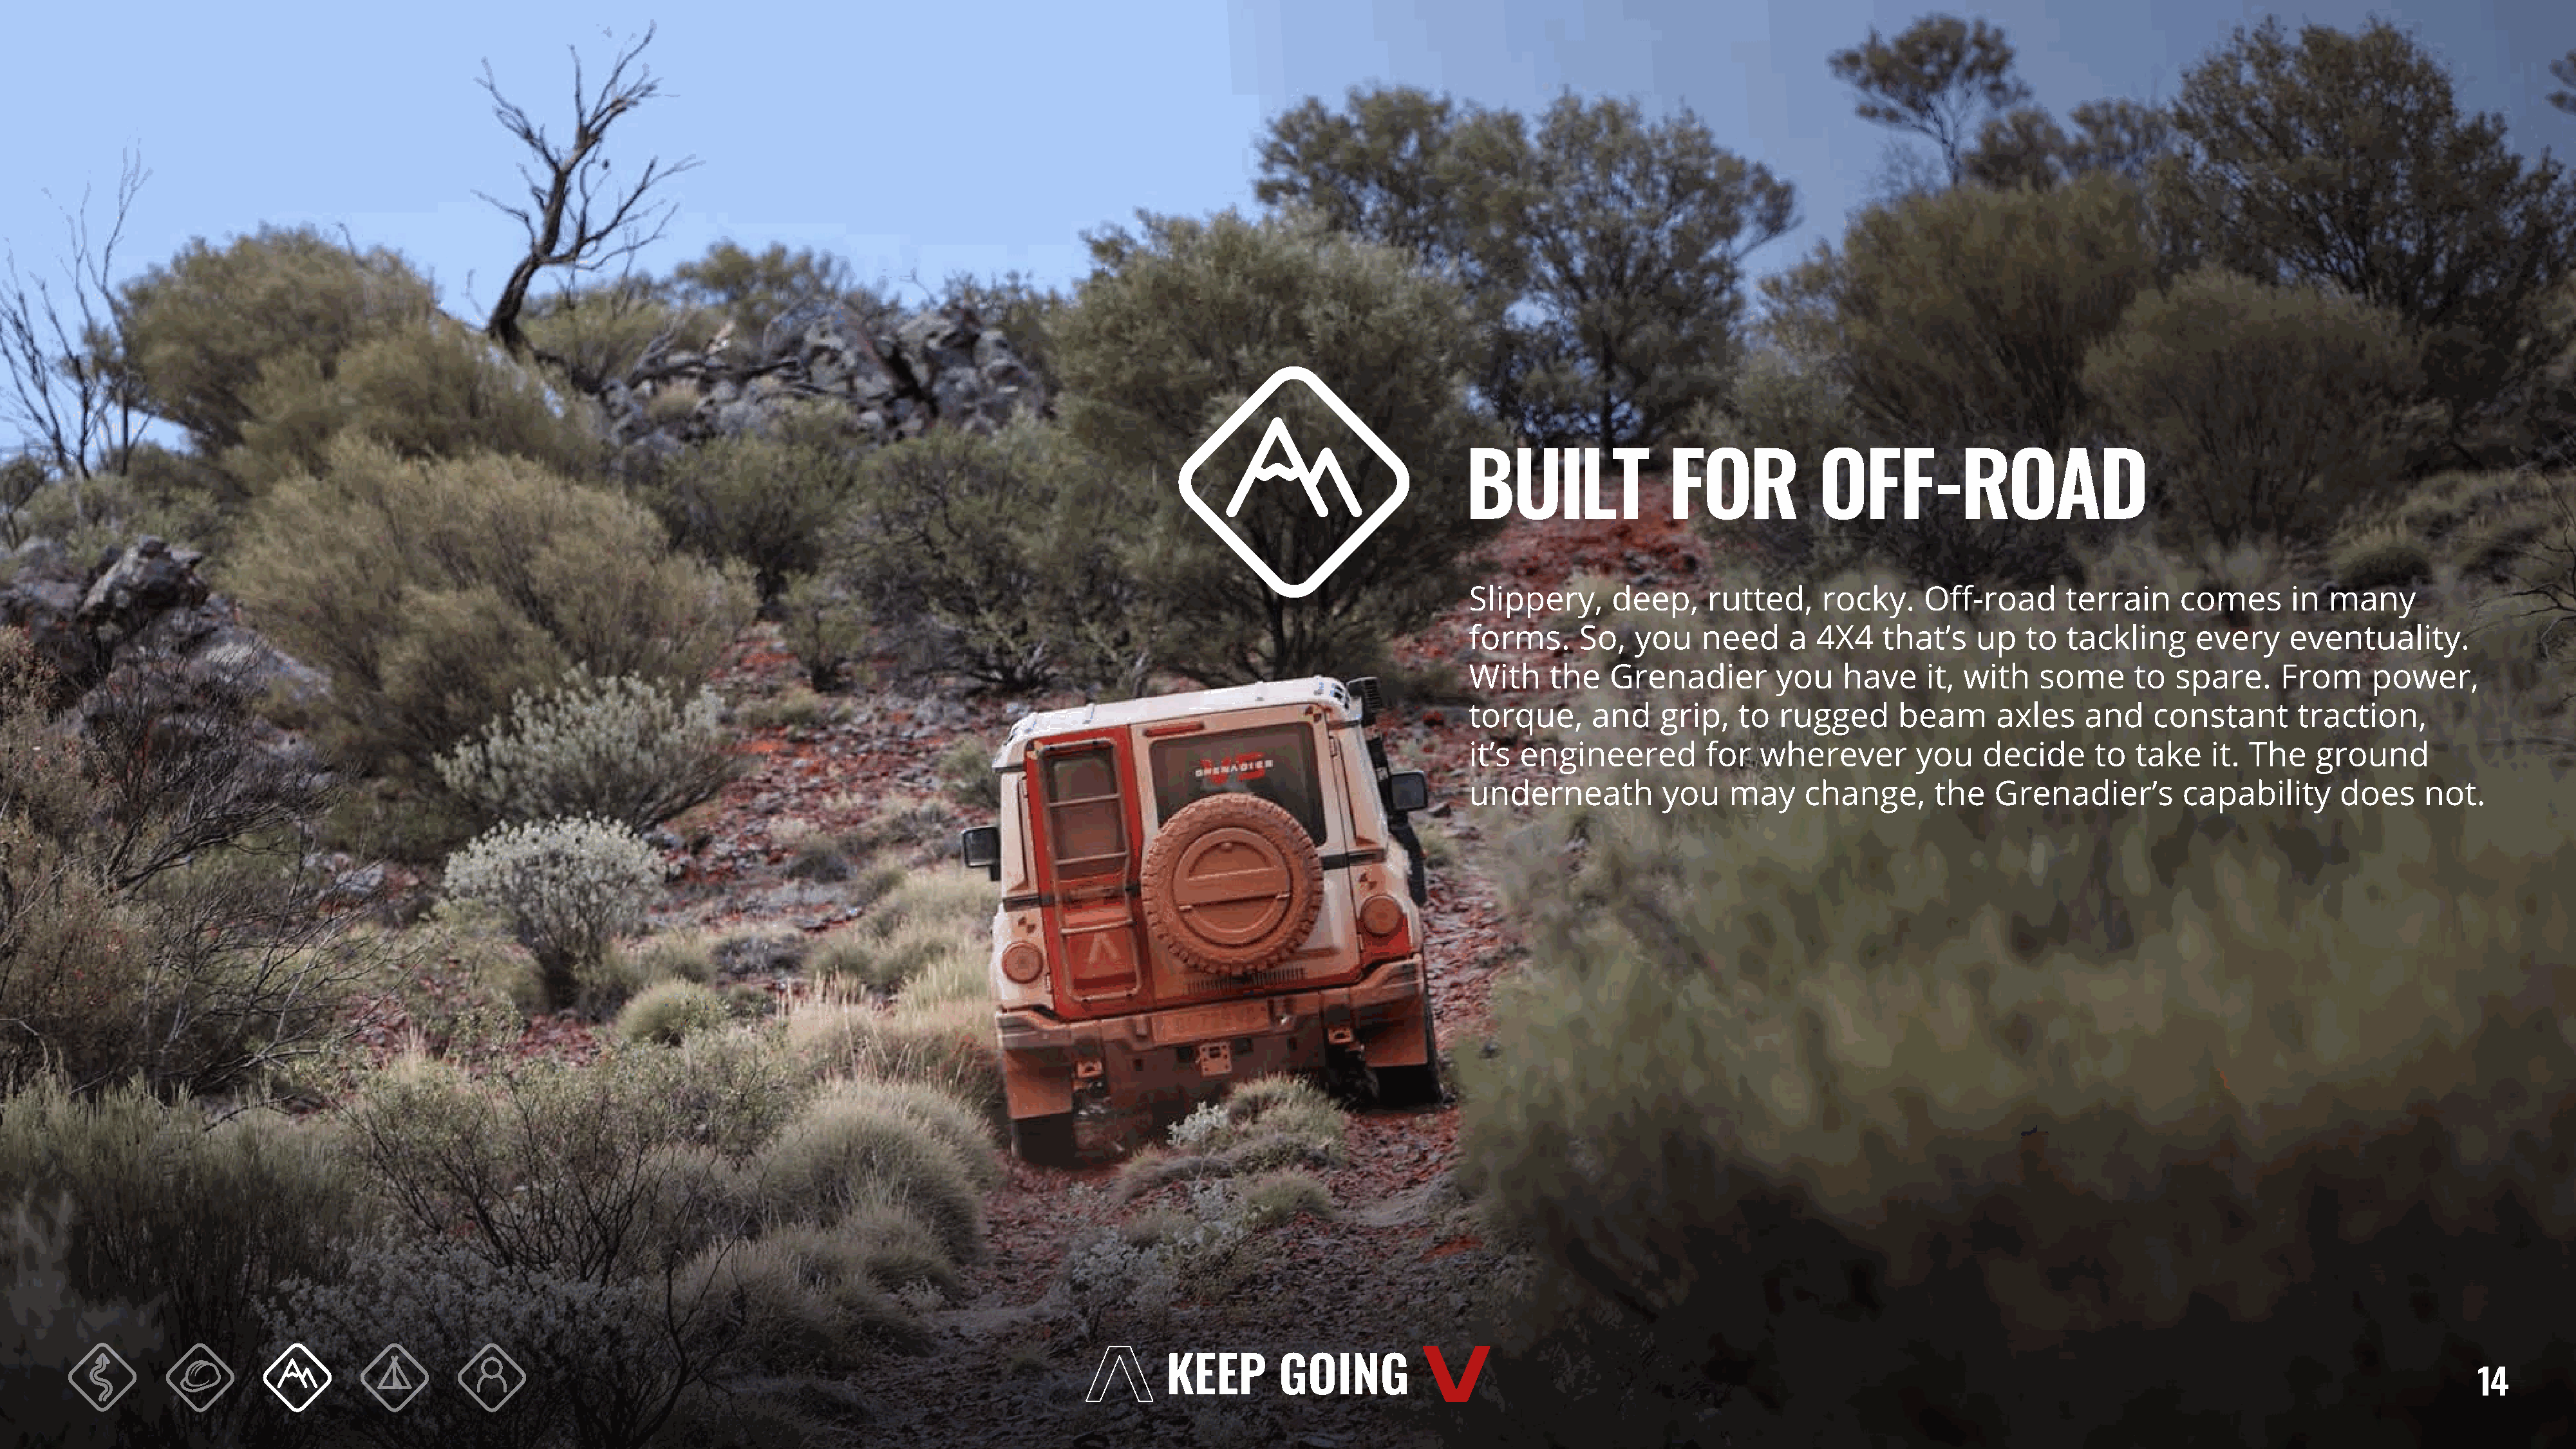
BUILT                FOR            OFF-ROAD
 Slippery,      deep,     rutted,    rocky.     Off-road      terrain     comes      in  many
 forms.     So,   you    need     a  4X4    that’s   up   to  tackling      every    eventuality.
 With    the   Grenadier         you   have     it, with    some     to   spare.    From      power,
 torque,      and    grip,   to  rugged      beam      axles    and    constant       traction,
 it’s engineered         for   wherever        you    decide     to   take   it. The    ground
 underneath          you    may    change,       the   Grenadier’s        capability       does    not.
 14